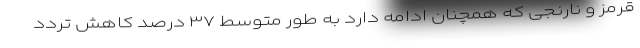
قرمز و نارنجی که همچنان ادامه دارد به طور متوسط ۳۷ درصد کاهش تردد